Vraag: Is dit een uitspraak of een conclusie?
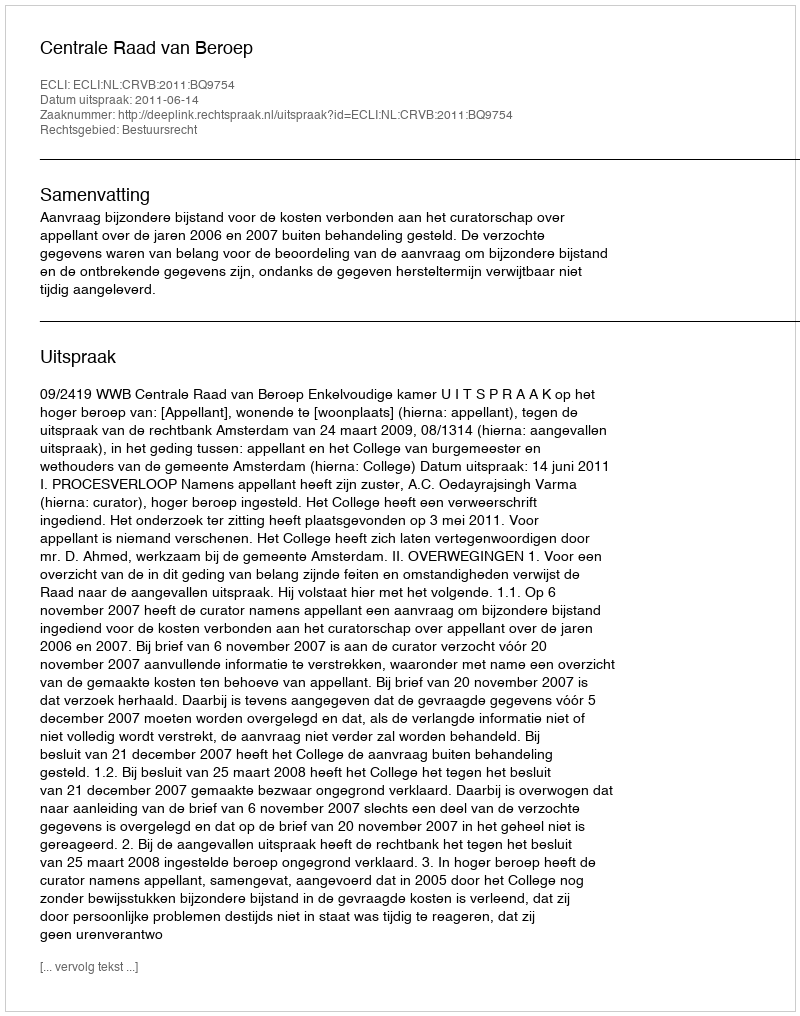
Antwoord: Uitspraak